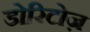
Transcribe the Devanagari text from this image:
डोरिटोज़